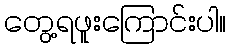
တွေ့ရဖူးကြောင်းပါ။